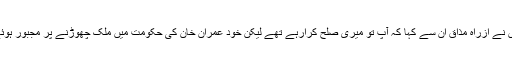
میں نے ازراہِ مذاق ان سے کہا کہ آپ تو میری صلح کرارہے تھے لیکن خود عمران خان کی حکومت میں ملک چھوڑنے پر مجبور ہوئے۔